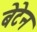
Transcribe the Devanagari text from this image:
बेटेन